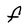
Character: F